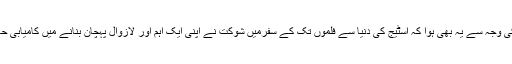
اور اس کی وجہ سے یہ بھی ہوا کہ اسٹیج کی دنیا سے فلموں تک کے سفرمیں شوکت نے اپنی ایک اہم اور لازوال پہچان بنانے میں کامیابی حاصل کی۔